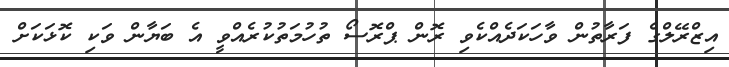
އިޒްރޭލްގެ ފަރާތުން ވާހަކަދެއްކެވި ރޮން ޕްރޮސޯ ތުހުމަތުކުރެއްވީ އެ ބަޔާން ވަކި ކޮޅަކަށް